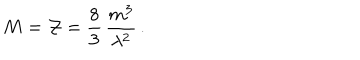
M = { \cal Z } = \frac { 8 } { 3 } \, \frac { m ^ { 3 } } { \lambda ^ { 2 } } \, .